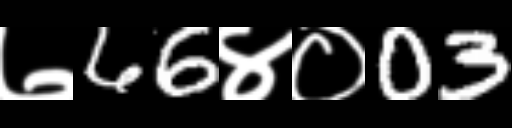
Text: ७66४०03